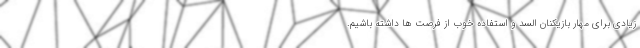
زیادی برای مهار بازیکنان السد و استفاده خوب از فرصت ها داشته باشیم.